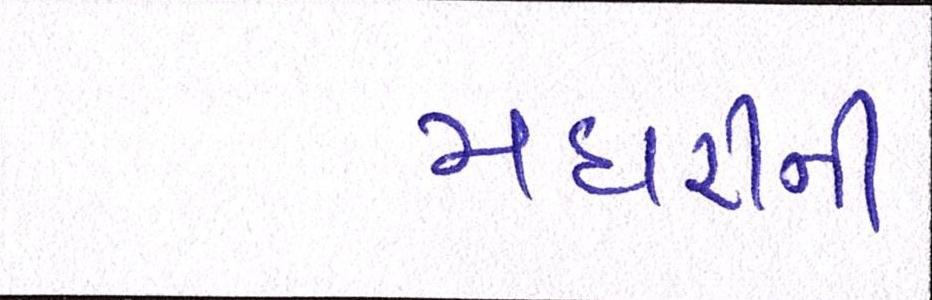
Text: મદારીની